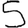
Digit: 5